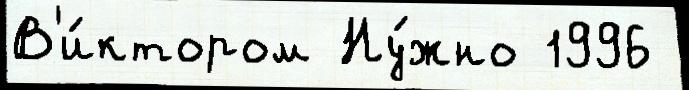
В'и́ктором Ну́жно 1996